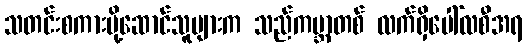
သတင်းစကားပို့ဆောင်သူများက သည်ကမ္ဘာတစ် လက်ရှိပေါ်လစီအရ